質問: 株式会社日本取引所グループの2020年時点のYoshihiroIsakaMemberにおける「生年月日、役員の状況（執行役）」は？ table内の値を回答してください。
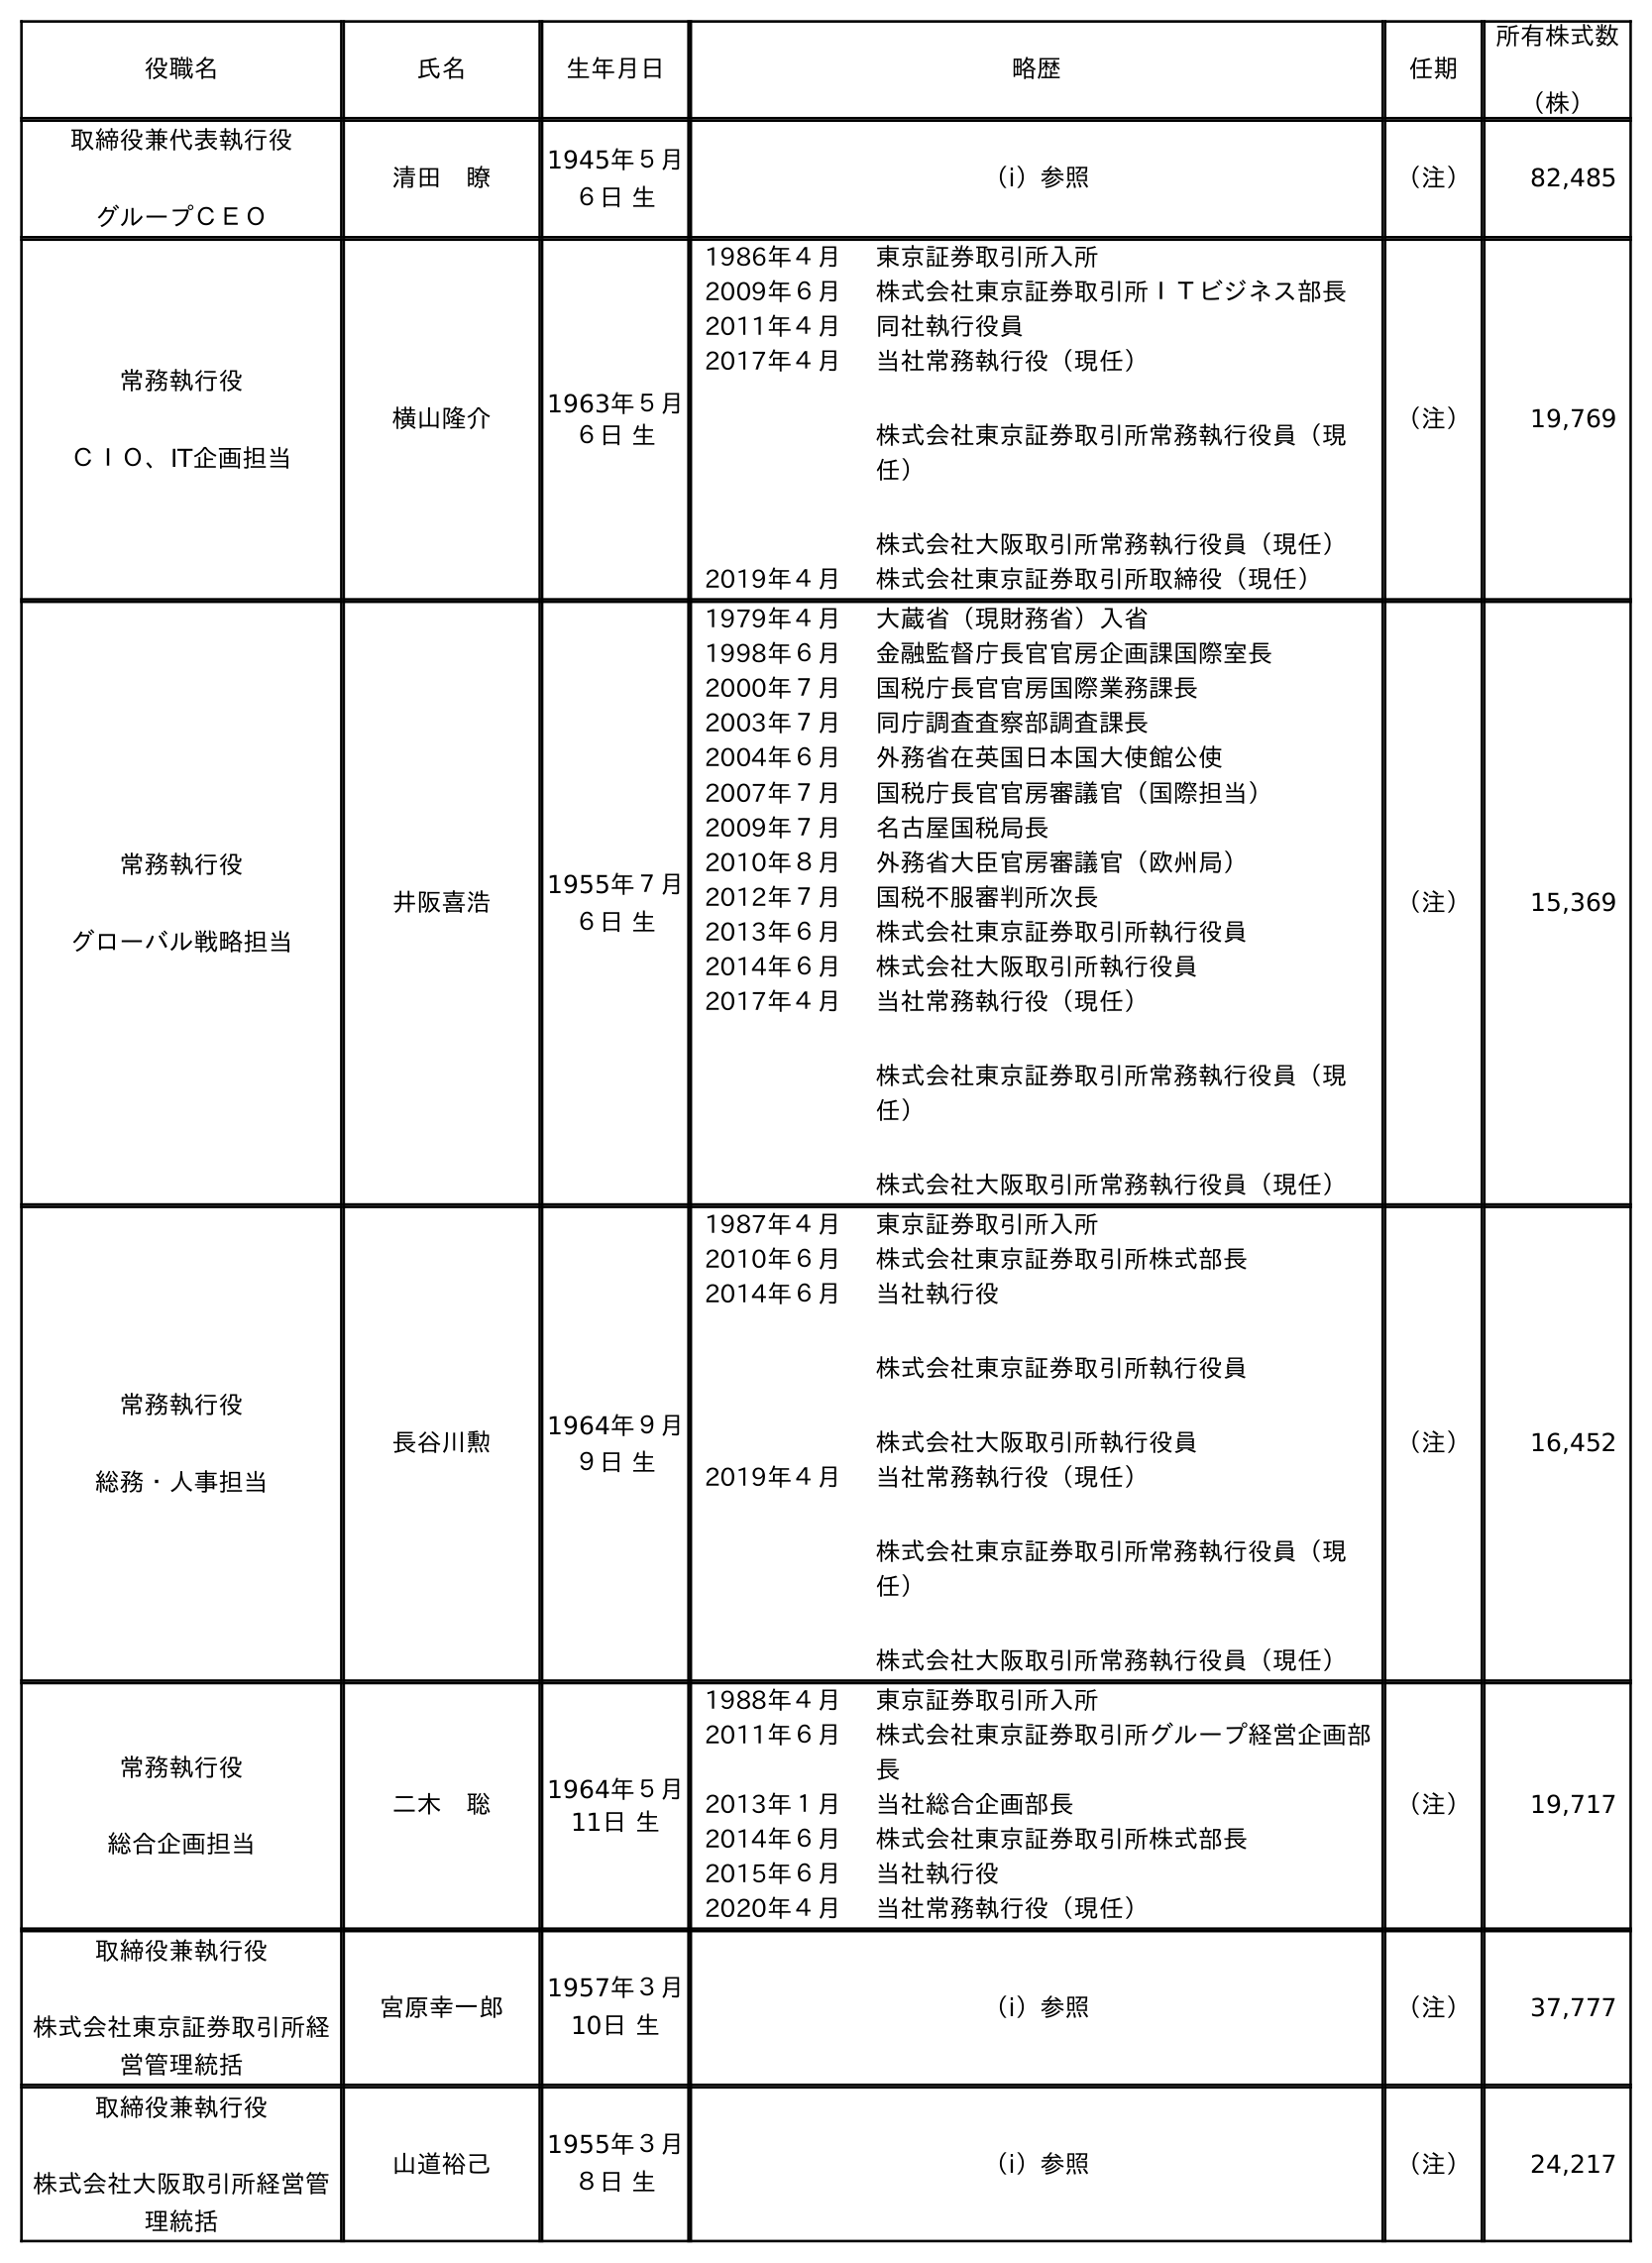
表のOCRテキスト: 役職名 氏名 生年月日 略歴 任期 所有株式数 （株） 取締役兼代表執行役 グループＣＥＯ 清田 瞭 1945年５月 ６日 生 （ⅰ）参照 （注） 82,485 常務執行役 ＣＩＯ、IT企画担当 横山隆介 1963年５月 ６日 生 1986年４月 東京証券取引所入所 2009年６月 株式会社東京証券取引所ＩＴビジネス部長 2011年４月 同社執行役員 2017年４月 当社常務執行役（現任） 株式会社東京証券取引所常務執行役員（現 任） 株式会社大阪取引所常務執行役員（現任） 2019年４月 株式会社東京証券取引所取締役（現任） （注） 19,769 常務執行役 グローバル戦略担当 井阪喜浩 1955年７月 ６日 生 1979年４月 大蔵省（現財務省）入省 1998年６月 金融監督庁長官官房企画課国際室長 2000年７月 国税庁長官官房国際業務課長 2003年７月 同庁調査査察部調査課長 2004年６月 外務省在英国日本国大使館公使 2007年７月 国税庁長官官房審議官（国際担当） 2009年７月 名古屋国税局長 2010年８月 外務省大臣官房審議官（欧州局） 2012年７月 国税不服審判所次長 2013年６月 株式会社東京証券取引所執行役員 2014年６月 株式会社大阪取引所執行役員 2017年４月 当社常務執行役（現任） 株式会社東京証券取引所常務執行役員（現 任） 株式会社大阪取引所常務執行役員（現任） （注） 15,369 常務執行役 総務・人事担当 長谷川勲 1964年９月 ９日 生 1987年４月 東京証券取引所入所 2010年６月 株式会社東京証券取引所株式部長 2014年６月 当社執行役 株式会社東京証券取引所執行役員 株式会社大阪取引所執行役員 2019年４月 当社常務執行役（現任） 株式会社東京証券取引所常務執行役員（現 任） 株式会社大阪取引所常務執行役員（現任） （注） 16,452 常務執行役 総合企画担当 二木 聡 1964年５月 11日 生 1988年４月 東京証券取引所入所 2011年６月 株式会社東京証券取引所グループ経営企画部 長 2013年１月 当社総合企画部長 2014年６月 株式会社東京証券取引所株式部長 2015年６月 当社執行役 2020年４月 当社常務執行役（現任） （注） 19,717 取締役兼執行役 株式会社東京証券取引所経 営管理統括 宮原幸一郎 1957年３月 10日 生 （ⅰ）参照 （注） 37,777 取締役兼執行役 株式会社大阪取引所経営管 理統括 山道裕己 1955年３月 ８日 生 （ⅰ）参照 （注） 24,217
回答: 1955年７月６日生